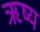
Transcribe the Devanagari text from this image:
ऋष्य